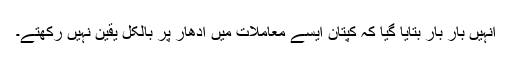
انہیں بار بار بتایا گیا کہ کپتان ایسے معاملات میں اُدھار پر بالکل یقین نہیں رکھتے۔